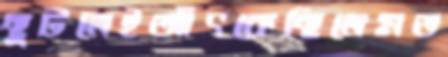
ছুটলেইআঁৎকেছিলেমত